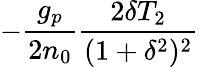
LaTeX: -\frac{g_{p}}{2n_{0}}\frac{2\delta T_{2}}{(1+\delta^{2})^{2}}